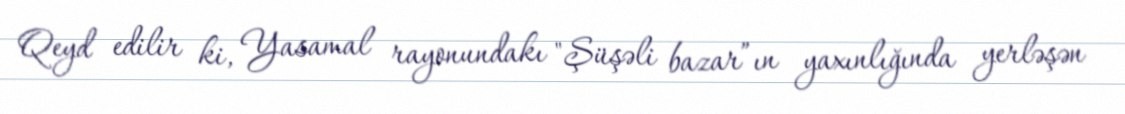
Qeyd edilir ki, Yasamal rayonundakı "Şüşəli bazar”ın yaxınlığında yerləşən